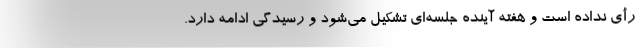
رأی نداده است و هفته آینده جلسه‌ای تشکیل می‌شود و رسیدگی ادامه دارد.